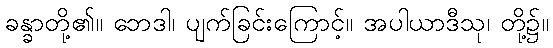
ခန္ခာတို့၏။ ဘေဒါ၊ ပျက်ခြင်းကြောင့်။ အပါယာဒီသု၊ တို့၌။